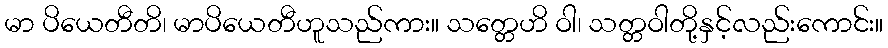
မာ ပိယေတီတိ၊ မာပိယေတီဟူသည်ကား။ သတ္တေဟိ ဝါ၊ သတ္တဝါတို့နှင့်လည်းကောင်း။